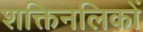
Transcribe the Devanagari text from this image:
शक्तिनलिकों